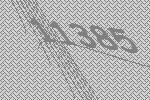
11385